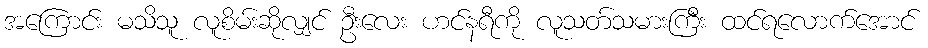
အကြောင်း မသိသူ လူစိမ်းဆိုလျှင် ဦးလေး ဟင်နရီကို လူသတ်သမားကြီး ထင်ရလောက်အောင်